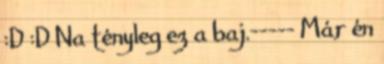
:D :D Na tényleg ez a baj.----- Már én